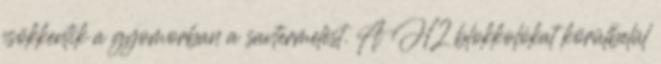
csökkentik a gyomorban a savtermelést. A H2 blokkolókat körülbelül